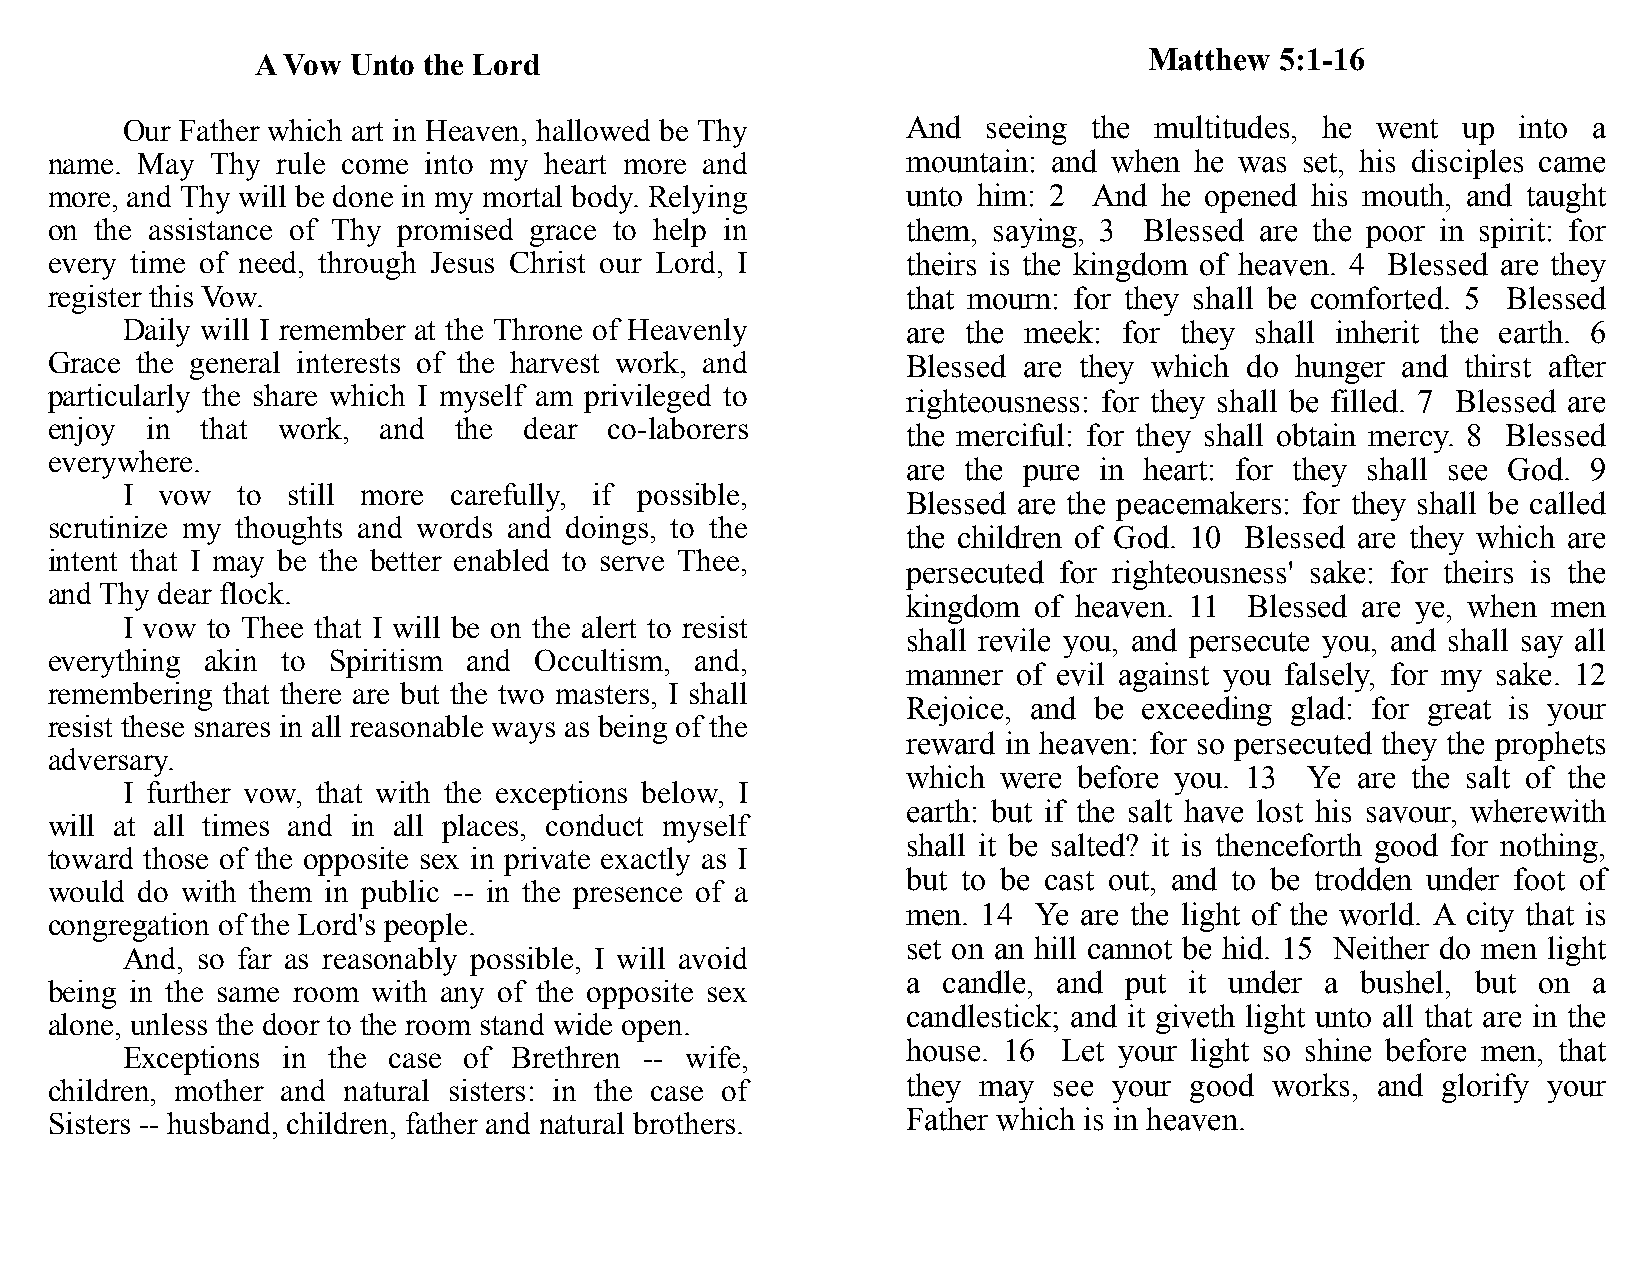
A Vow Unto the Lord                                        Matthew  5:1-16
 Our Father which art in Heaven, hallowed be Thy     And  seeing the multitudes, he went  up into a
 name. May  Thy rule come into my heart more and          mountain: and when he was set, his disciples came
 more, and Thy will be done in my mortal body. Relying    unto him: 2 And  he opened his mouth, and taught
 on the assistance of Thy promised grace to help in       them, saying, 3 Blessed are the poor in spirit: for
 every time of need, through Jesus Christ our Lord, I     theirs is the kingdom of heaven. 4 Blessed are they
 register this Vow.                                       that mourn: for they shall be comforted. 5 Blessed
 Daily will I remember at the Throne of Heavenly     are the meek: for they shall inherit the earth. 6
 Grace the general interests of the harvest work, and     Blessed are they which do hunger and thirst after
 particularly the share which I myself am privileged to   righteousness: for they shall be filled. 7 Blessed are
 enjoy  in that work,  and  the  dear co-laborers         the merciful: for they shall obtain mercy. 8 Blessed
 everywhere.
 are the pure in heart: for they shall see God. 9
 I  vow  to still more carefully, if possible,
 Blessed are the peacemakers: for they shall be called
 scrutinize my thoughts and words and doings, to the
 the children of God. 10 Blessed are they which are
 intent that I may be the better enabled to serve Thee,
 persecuted for righteousness' sake: for theirs is the
 and Thy dear flock.
 kingdom of heaven. 11  Blessed are ye, when men
 I vow to Thee that I will be on the alert to resist
 shall revile you, and persecute you, and shall say all
 everything akin to Spiritism and Occultism, and,
 manner of evil against you falsely, for my sake. 12
 remembering that there are but the two masters, I shall
 Rejoice, and be exceeding glad: for great is your
 resist these snares in all reasonable ways as being of the
 reward in heaven: for so persecuted they the prophets
 adversary.
 which were before you. 13  Ye are the salt of the
 I further vow, that with the exceptions below, I
 earth: but if the salt have lost his savour, wherewith
 will at all times and in all places, conduct myself
 shall it be salted? it is thenceforth good for nothing,
 toward those of the opposite sex in private exactly as I
 but to be cast out, and to be trodden under foot of
 would do with them in public -- in the presence of a
 men. 14 Ye are the light of the world. A city that is
 congregation of the Lord's people.
 set on an hill cannot be hid. 15 Neither do men light
 And, so far as reasonably possible, I will avoid
 a candle, and put  it under a bushel, but on a
 being in the same room with any of the opposite sex
 candlestick; and it giveth light unto all that are in the
 alone, unless the door to the room stand wide open.
 house. 16 Let your light so shine before men, that
 Exceptions in the case of Brethren -- wife,
 children, mother and natural sisters: in the case of     they may  see your good works, and glorify your
 Sisters -- husband, children, father and natural brothers. Father which is in heaven.